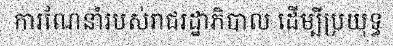
ការណែនាំរបស់រាជរដ្ឋាភិបាល ដើម្បីប្រយុទ្ធ